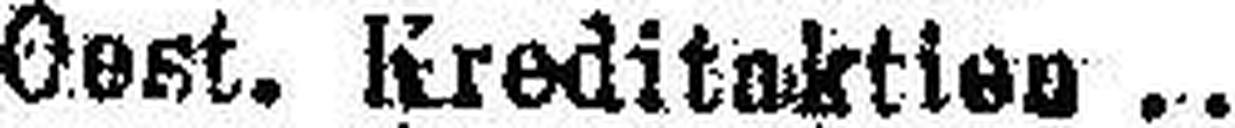
Oest. Kreditaktien